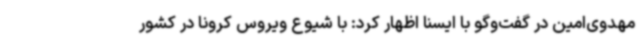
مهدوی‌امین در گفت‌وگو با ایسنا اظهار کرد: با شیوع ویروس کرونا در کشور